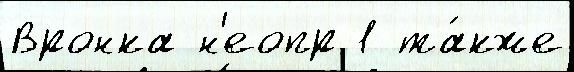
Вронка н'еопр 1 та́кже